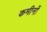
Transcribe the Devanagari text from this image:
कमीनों